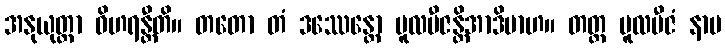
အနုယုတ္တာ ဝိဟရန္တီတိ။ တတော တံ ဒဿေန္တော မူလဗီဇန္တိအာဒိမာဟ။ တတ္ထ မူလဗီဇံ နာမ